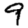
Digit: 9